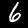
Label: 6